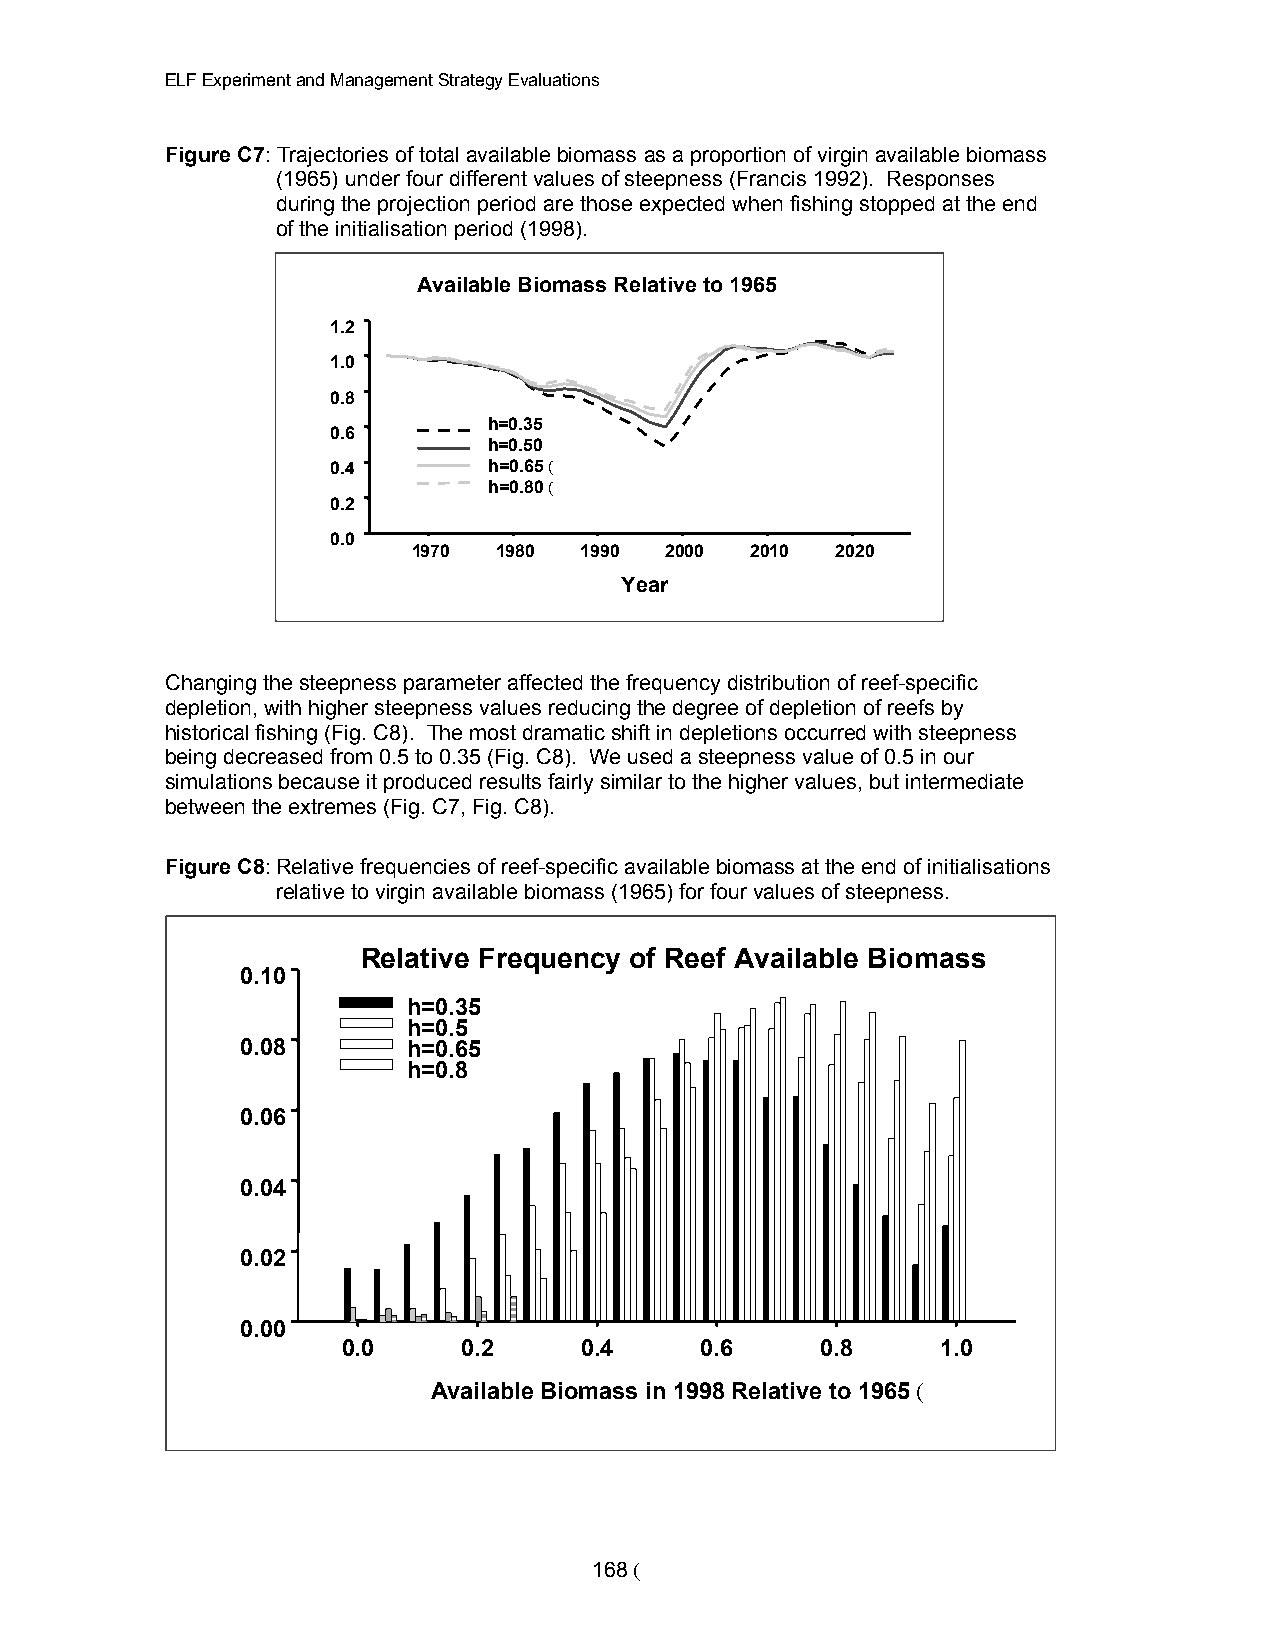
ELF Experiment and Management Strategy Evaluations
 Figure C7: Trajectories of total available biomass as a proportion of virgin available biomass
 (1965) under four different values of steepness (Francis 1992). Responses
 during the projection period are those expected when fishing stopped at the end
 of the initialisation period (1998).
 Available Biomass Relative to 1965
 1.2
 1.0
 0.8
 h=0.35
 0.6
 h=0.50
 0.4       h=0.65 (
 h=0.80 (
 0.2
 0.0
 1970  1980 1990  2000  2010 2020
 Year
 Changing the steepness parameter affected the frequency distribution of reef-specific
 depletion, with higher steepness values reducing the degree of depletion of reefs by
 historical fishing (Fig. C8). The most dramatic shift in depletions occurred with steepness
 being decreased from 0.5 to 0.35 (Fig. C8). We used a steepness value of 0.5 in our
 simulations because it produced results fairly similar to the higher values, but intermediate
 between the extremes (Fig. C7, Fig. C8).
 Figure C8: Relative frequencies of reef-specific available biomass at the end of initialisations
 relative to virgin available biomass (1965) for four values of steepness.
 Relative Frequency of Reef Available Biomass
 0.10
 h=0.35
 h=0.5
 0.08       h=0.65
 h=0.8
 0.06
 0.04
 0.02
 0.00
 0.0     0.2    0.4     0.6     0.8     1.0
 Available Biomass in 1998 Relative to 1965 (
 168 (